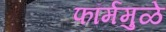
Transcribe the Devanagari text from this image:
फॉर्ममुळे